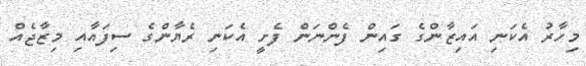
މިހާރު އެކަނި އައިޒާންގެ ގައިން ފެންނަން ފެށީ އެކަނި ރެޔާންގެ ސިފައާއި މިޒާޖެއް